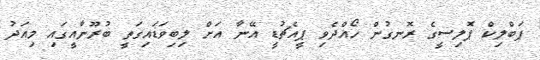
ޕަބްލިކް ޕޮލިސީގެ ރޮނގުން ހޯއްދެވި ޕީއެޗުޑީ އޭނާ އަށް ލިބިވަޑައިގަތީ ބުރޫނާއީގައި މިއަދު